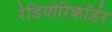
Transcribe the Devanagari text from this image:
रेडियोरिकॉर्डर